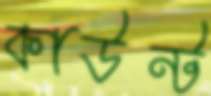
কাউন্ট